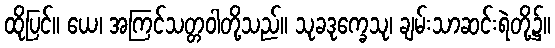
ထိုပြင်။ ယေ၊ အကြင်သတ္တဝါတို့သည်။ သုခဒုက္ခေသု၊ ချမ်းသာဆင်းရဲတို့၌။